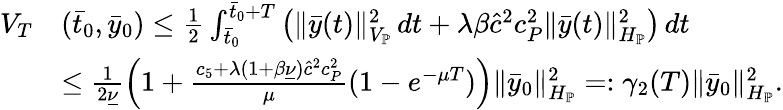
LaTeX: \begin{array}{rl}{V_{T}}&{(\bar{t}_{0},\bar{y}_{0})\leq\frac{1}{2}\int_{\bar{t}_{0}}^{\bar{t}_{0}+T}\left(\| \bar{y}(t)\| _{V_{\mathbb{P}}}^{2}\, dt+\lambda\beta\hat{c}^{2}c_{P}^{2}\| \bar{y}(t)\| _{H_{\mathbb{P}}}^{2}\right)\, dt}\\ &{\leq\frac{1}{2\underline{{\nu}}}\left(1+\frac{c_{5}+\lambda(1+\beta\underline{{\nu}})\hat{c}^{2}c_{P}^{2}}{\mu}(1-e^{-\mu T})\right)\| \bar{y}_{0}\| _{H_{\mathbb{P}}}^{2}=:\gamma_{2}(T)\| \bar{y}_{0}\| _{H_{\mathbb{P}}}^{2}.}\end{array}